Vaccination in Bombay 1863-1868 - 1863-1868
Year: 1863
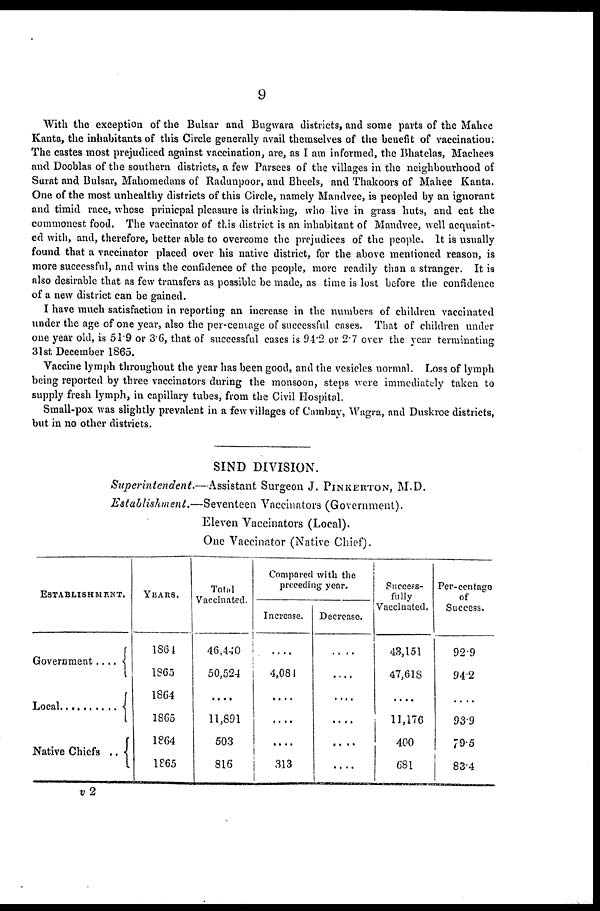
9
With the exception of the Bulsar and Bugwara districts, and some parts of the Mahee
Kanta, the inhabitants of this Circle generally avail themselves of the benefit of vaccination;
The castes most prejudiced against vaccination, are, as I am informed, the Bhatelas, Machees
and Dooblas of the southern districts, a few Parsees of the villages in the neighbourhood of
Surat and Bulsar, Mahomedans of Radunpoor, and Bheels, and Thakoors of Mahee Kanta.
One of the most unhealthy districts of this Circle, namely Mandvee, is peopled by an ignorant
and timid race, whose prinicpal pleasure is drinking, who live in grass huts, and eat the
commonest food. The vaccinator of this district is an inhabitant of Mandvee, well acquaint.
ed with, and, therefore, better able to overcome the prejudices of the people. It is usually
found that a vaccinator placed over his native district, for the above mentioned reason, is
more successful, and wins the confidence of the people, more readily than a stranger. It is
also desirable that as few transfers as possible be made, as time is lost before the confidence
of a new district can be gained.
I have much satisfaction in reporting an increase in the numbers of children vaccinated
under the age of one year, also the per-centage of successful cases. That of children under
one year old, is 51.9 or 3.6, that of successful cases is 94.2 or 2.7 over the year terminating
31st December 1865.
Vaccine lymph throughout the year has been good, and the vesicles normal. Loss of lymph
being reported by three vaccinators during the monsoon, steps were immediately taken to
supply fresh lymph, in capillary tubes, from the Civil Hospital.
Small-pox was slightly prevalent in a few villages of Cambay, Wagra, and Duskroe districts,
but in no other districts.
SIND DIVISION.
Superintendent.—Assistant
Surgeon J. PINKERTON, M.D.
Establishment.—Seventeen
Vaccinators (Government).
Eleven Vaccinators (Local).
One Vaccinator (Native Chief).
ESTABLISHMENT.
Government....
Native Chiefs ..
YEARS.
1864
1865
1864
1865
1864
1865
Total
Vaccinated.
46,440
50,524
....
11,891
503
816
Compared with the
preceding year.
Increase.
....
4,084
....
....
....
313
Decrease.
....
....
....
....
....
....
Success-
fully
Vaccinated.
43,151
47,618
....
11,176
400
681
Per-centage
of
Success.
92.9
94.2
....
93.9
79.5
83.4
v 2